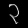
Digit: ၃